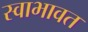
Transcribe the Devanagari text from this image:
स्वाभावत